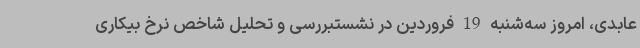
عابدی، امروز سه‌شنبه 19 فروردین در نشستبررسی و تحلیل شاخص نرخ بیکاری